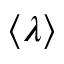
\langle \lambda \rangle